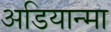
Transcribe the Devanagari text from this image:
अडियान्मा